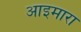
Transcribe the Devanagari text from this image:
आइमारा